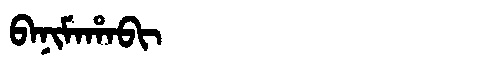
Manchu: ᠪᠠᠨᡳᠮᠠᡥᠠᠪᡳ
Romanization: BANIMAHABI